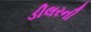
ડીલરની